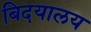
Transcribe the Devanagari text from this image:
बिदयालय